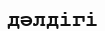
дәлдігі